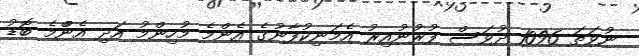
ނުވަތަ 1096 ދުވަސް ފުރުނުއިރު އެމަނިކުފާނުގެ އެންމެ މުހިންމު އަދި އެންްމެ ބޮޑު